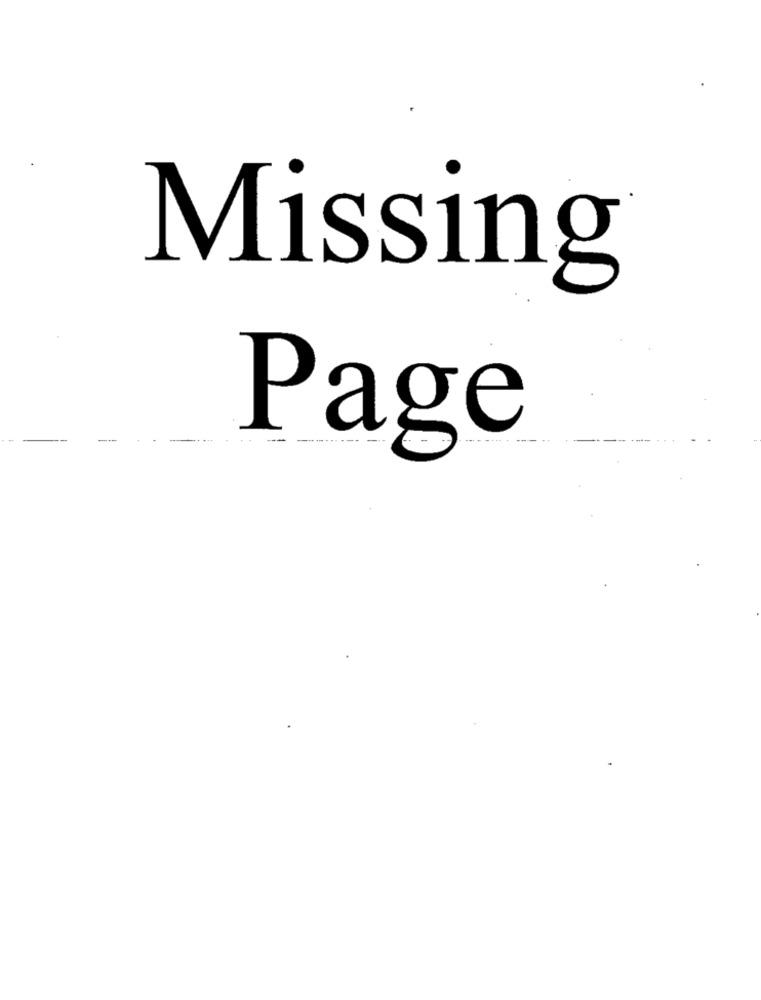
Missing
Page